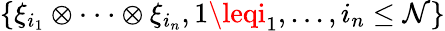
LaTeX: \{ \xi_{i_{1}}\otimes\cdot\cdot\cdot\otimes\xi_{i_{n}},1\leqi_{1},...,i_{n}\leq\mathcal{N}\}